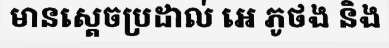
មានស្តេចប្រដាល់ អេ ភូថង និង